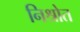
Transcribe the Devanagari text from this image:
निश्रोत